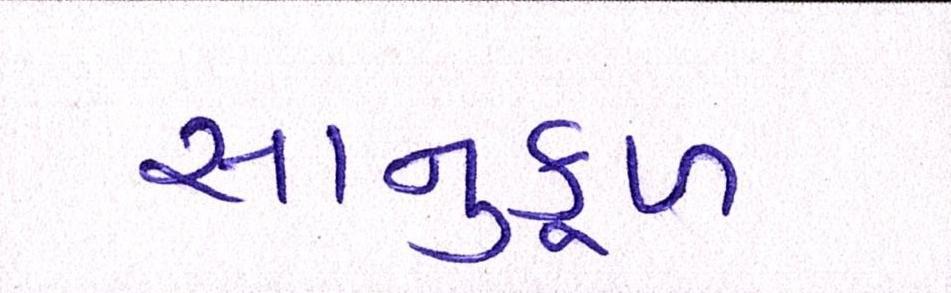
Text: સાનુકૂળ